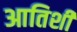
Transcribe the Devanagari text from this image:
आतिशी